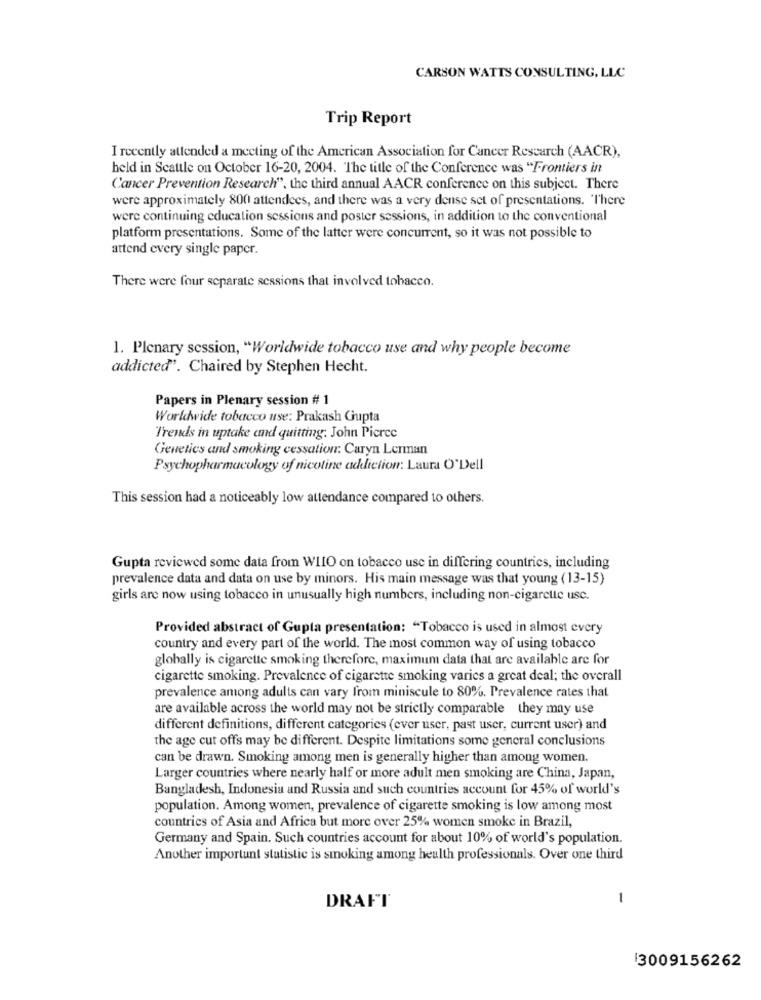
CARSON WATTS CONSULTING, LLC
Trip Report
I recently attended a meeting of the American Association for Cancer Research (AACR),
held in Seattle on October 16-20, 2004. The title of the Conference was "Frontiers in
Cancer Prevention Research", the third annual AACR conference on this subject. There
were approximately 800 attendees, and there was a very dense set of presentations. "There
were continuing education sessions and poster sessions, in addition to the conventional
platform presentations. Some of the latter were concurrent, so it was not possible to
attend every single paper.
There were four separate sessions that involved tobacco.
1. Plenary session, "Worldwide tobacco use and why people become
addicted". Chaired by Stephen Hecht.
Papers in Plenary session # 1
Worldwide tobacco use: Prakash Gupta
Trends in uptake and quitting: John Picrcc
Genetics and smoking cessation: Caryn Lerman
Psychopharmacology of nicotine addiction: Laura O'Dell
This session had a noticeably low attendance compared to others.
Gupta reviewed some data from WIIO on tobacco use in differing countries, including
prevalence data and data on use by minors. His main message was that young (13-15)
girls are now using tobacco in unusually high numbers, including non-cigarette use.
Provided abstract of Gupta presentation: "Tobacco is used in almost every
country and every part of the world. The most common way of using tobacco
globally is cigarette smoking therefore, maximum data that are available are for
cigarette smoking. Prevalence of cigarette smoking varies a great deal; the overall
prevalence among adults can vary from miniscule to 80%. Prevalence rates that
are available across the world may not be strictly comparable they may use
different definitions, different categories (ever user, past user, current user) and
the age cut offs may be different. Despite limitations some general conclusions
can be drawn. Smoking among men is generally higher than among women.
Larger countries where nearly half or more adult men smoking are China, Japan,
Bangladesh, Indonesia and Russia and such countries account for 45% of world's
population. Among women, prevalence of cigarette smoking is low among most
countries of Asia and Africa but more over 25% women smoke in Brazil,
Germany and Spain. Such countries account for about 10% of world's population.
Another important statistic is smoking among health professionals. Over one third
-
DRAFT
13009156262